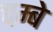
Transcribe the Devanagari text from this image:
चम्बे